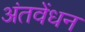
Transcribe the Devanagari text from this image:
अंतवेंधन